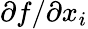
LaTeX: \partial f/\partial x_{i}